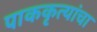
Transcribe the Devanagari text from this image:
पाककृत्यांचा